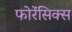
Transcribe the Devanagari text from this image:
फोरेंसिक्स